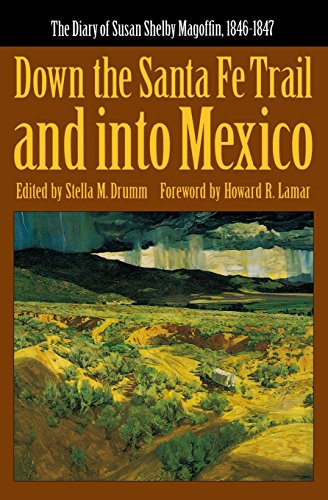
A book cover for Down the Santa Fe Trail and into Mexico: The Diary of Susan Shelby Magoffin, 1846-1847 (American Tribal Religions); Susan Shelby Magoffin; Travel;